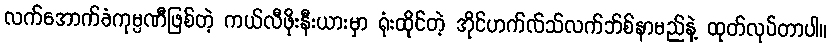
လက်အောက်ခံကုမ္ပဏီဖြစ်တဲ့ ကယ်လီဖိုးနီးယားမှာ ရုံးထိုင်တဲ့ အိုင်ဟက်လ်သ်လက်ဘ်စ်နာမည်နဲ့ ထုတ်လုပ်တာပါ။